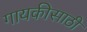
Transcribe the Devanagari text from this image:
गायकीसाठी